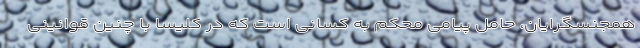
همجنسگرایان، حامل پیامی محکم به کسانی است که در کلیسا با چنین قوانینی